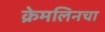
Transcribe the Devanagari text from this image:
क्रेमलिनचा